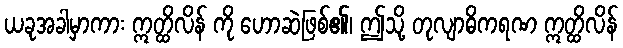
ယခုအခါမှာကား ဣတ္ထိလိန် ကို ဟောဆဲဖြစ်၏၊ ဤသို့ တုလျာဓိကရဏ ဣတ္ထိလိန်